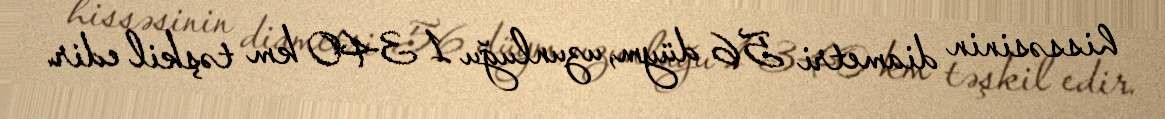
hissəsinin diametri 56 düym, uzunluğu 1 340 km təşkil edir.